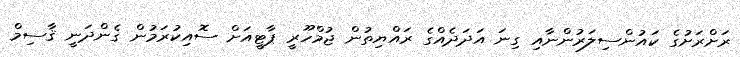
ރަށްރަށުގެ ކައުންސިލަރުންނާއި ގިނަ އަދަދެއްގެ ރައްޔިތުން ޖުމްހޫރީ ޕާޓީއަށް ސޮއިކުރަމުން ގެންދަނީ ޤާސިމް